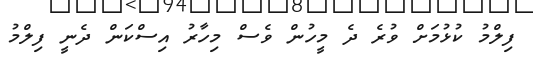
ފިލްމު ކުޅުމަށް ވުރެ ދެ މީހުން ވެސް މިހާރު އިސްކަން ދެނީ ފިލްމު